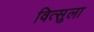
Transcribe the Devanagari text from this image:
वित्सुला